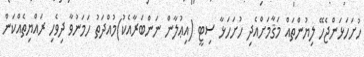
ހުށަހަޅަންޖެހޭ ލިޔުންތައް މަޤާމަށްއެދި ހުށަހަޅާ ސިޓީ (އިޢުލާން ނަންބަރާއެކު)މުއްދަތު ހަމަނުވާ ދިވެހި ރައްޔިތެއްކަން